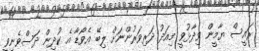
ރައީސް ޔާމީން ވިދާޅުވީ މިއަދު ދަރިވަރުންނަށް ލިބޭ އެވޯޑާ އެ ކުދިން ދަސްވެނިވީ